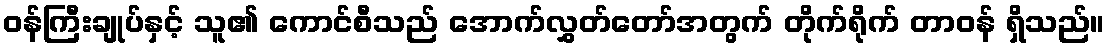
ဝန်ကြီးချုပ်နှင့် သူ၏ ကောင်စီသည် အောက်လွှတ်တော်အတွက် တိုက်ရိုက် တာဝန် ရှိသည်။